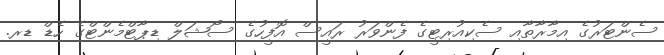
ސެންޓަރުގެ އިމާރާތާއި ސެކިއުރިޓީގެ ފެންވަރު ރައީސް އޮފީހުގެ ސޯޝަލް ޑިޕާޓްމެންޓްގެ ހެޑް ޑރ.